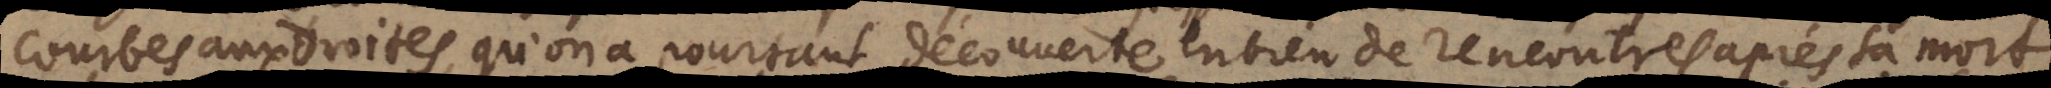
courbes aux droites, qu’on a pourtant découverte en bien des rencontres après sa mort